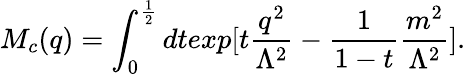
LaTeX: M_{c}(q)=\int_{0}^{\frac{1}{2}}dtexp[t\frac{q^{2}}{\Lambda^{2}}-\frac{1}{1-t}\frac{m^{2}}{\Lambda^{2}}].